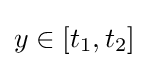
y\in [t_{1},t_{2}]